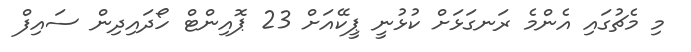
މި މެޗުގައި އެންމެ ރަނގަޅަށް ކުޅުނީ ޕީކޭއަށް 23 ޕޮއިންޓް ހޯދައިދިން ސައިފް